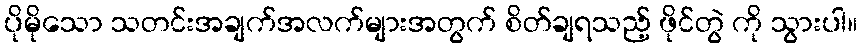
ပိုမိုသော သတင်းအချက်အလက်များအတွက် စိတ်ချရသည့် ဖိုင်တွဲ ကို သွားပါ။